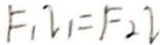
F _ { 1 } I _ { 1 } = F _ { 2 } I